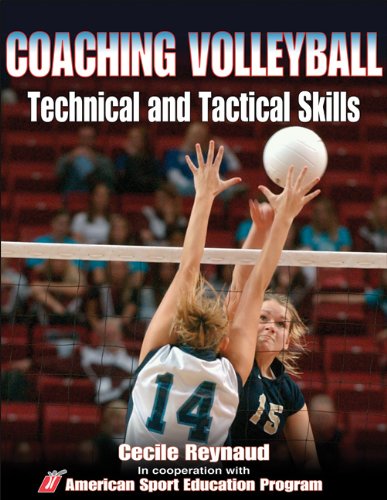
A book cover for Coaching Volleyball Technical & Tactical Skills (Technical and Tactical Skills Series); American Sport Education Program; Sports & Outdoors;